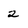
Character: 2